Medical and sanitary report of the native army of Madras for the year
Year: 1877
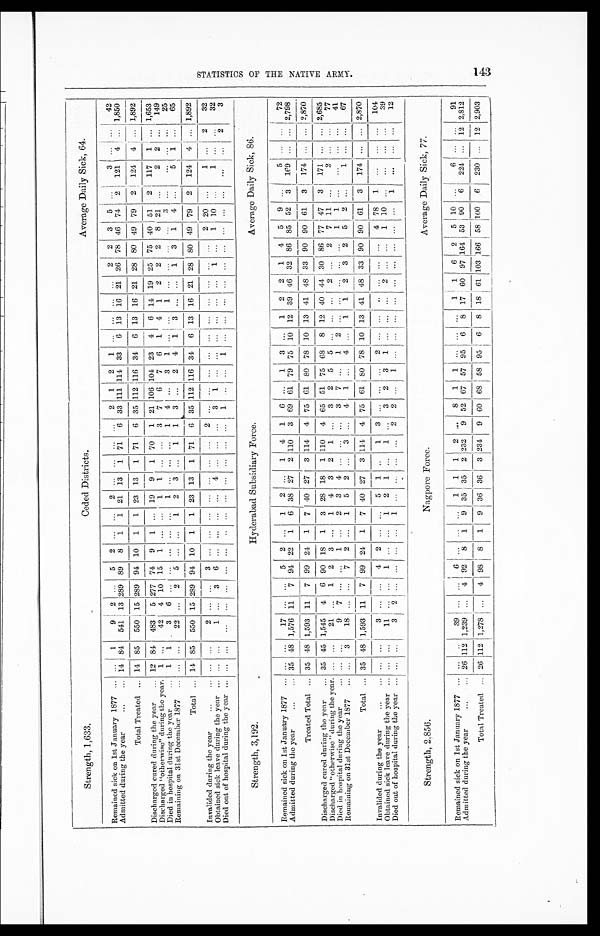
Strength, 1,633.
Ceded Districts.
Average Daily Sick, 64.
R e m a i n e d s i c k o n 1 s t J a n u a r y 1 8 7 7 . . .
. . .
1
9
2 . . . 5
2
. . . . . .
2 . . .
. . .
. . .
. . .
2 1
2
1 . . . . . . . . . . . . 2
2
3
5
. . . 3
. . .
. . .
4 2
A d m i t t e d d u r i n g t h e y e a r . . .
1 4
84
5 4 1
1 3
289 89 8
1
1
2 1
13
1
7 1
6
3 3
111 114
3 3
6
13 16 21 26 78 46 74 2
121
4 . . . 1,850
T o t a l T r e a t e d . . .
1 4
85
5 5 0
1 5
289 94 10 1
1
2 3
13
1
7 1
6
3 5
112 116
3 4
6
13 16 21 28 80 49 79 2
124
4 . . . 1,892
D i s c h a r g e d c u r e d d u r i n g t h e y e a r . . .
1 2
84
4 8 3
5 277 74 9
1
. . .
1 9
9
1
7 0
1
2 1
106 104
2 3
4
6
14 19 25 75 40 51 2
117
1 . . . 1,653
D i s c h a r g e d " o t h e r w i s c " d u r i n g t h e y e a r . . .
1 . . .
4 2
4 10 15 1
. . . . . .
1 1
. . .
. . .
3
7 6
7
6 1
4
1
2
2
2
8
21 . . . 2
2 . . . 149
D i e d i n h o s p i t a l d u r i n g t h e y e a r . . .
1 1
3
6 . . . . . . . . . . . . . . .
1 . . .
. . .
. . .
1
4 . . . 3
1 . . . . . . 1
. . . . . . . . . . . . 3
. . . . . .
. . .
. . . 25
R e m a i n i n g o n 3 1 s t D e c e m b e r 1 8 7 7 . . .
. . .
. . .
2 2
. . .
2
5
. . . . . . 1
2 3
. . .
1
1
3 . . . 2
4 1
3
. . . . . . 1
3
1
4
. . . 5
1 . . . 65
T o t a l . . .
1 4
85
5 5 0
1 5
289 94 10 1
1
2 3
13
1
7 1
6
3 5
112 116
3 4
6
13 16 21 28 80 49 79 2
124
4 . . . 1,892
I n v a l i d e d d n r i n g t h e y e a r . . .
. . .
. . .
2
. . .
. . . 3
. . . . . . . . .
. . .
. . .
. . .
. . .
2
. . .
. . . . . .
. . .
. . . . . . . . . . . . . . . . . . 2
20 . . . 1
. . .
2
32
O b t a i n e d s i c k l e a v e d u r i n g t h e y e a r . . .
. . .
. . .
1
. . .
3
6
. . . . . . . . .
. . .
4
. . .
. . .
. . .
3 1
. . .
. . .
. . . . . . . . . . . . 1
. . . 1
10 . . . 1
. . .
. . . 32
Died out of hospital during the year . . .
. . .
. . .
. . .
. . .
. . . . . . . . . . . . . . .
. . .
. . .
. . .
. . .
. . .
1 . . . . . .
1 . . . . . . . . . . . . . . . . . . . . . . . . . . . . . .
. . .
2
3
Strenght, 3,192.
Hyderabad Subsidiary Force.
Average Daily Sick, 86.
R e m a i n e d s i c k o n 1 s t J a n u a r y 1 8 7 7 . . .
. . .
. . . 17
. . . . . . 5
2
. . .
1
2 . . .
1 4
1
6 . . . 1
3 . . . 1
2
2
1
4
5 9
. . . 5
. . .
. . . 72
A d m i t t e d d u r i n g t h e y e a r . . .
3 5
48 1,576 11 7
94 22
1 6
3 8
27
2 110
3
6 9
61 79
7 5
10 12 39 46 32 86
8 5
52 3
169
. . .
. . . 2,798
T r e a t e d T o t a l . . .
3 5
48 1,593 11 7
99 24
1 7
4 0
27
3 114
4
7 5
61 80
7 8
10 13 41 48 33 90
9 0
61 3
174
. . .
. . . 2,870
D i s c h a r g e d c u r e d d u r i n g t h e y e a r . . .
3 5
48 1,545 4
6
90 18
1 3
2 8
18
1 110
4
6 5
51 75
6 8
8
12 40 44 30 86
7 7
47 3
171
. . .
. . . 2,685
D i s c h a r g e d " o t h e r w i s e " d u r i n g t h e y e a r . . .
. . .
. . . 21
. . . 1
2
3
. . .
1
4
2 1
. . .
3 2
5
5 . . . . . . . . . 2
. . . 2
7 11 . . . 2
. . .
. . . 77
D i e d i n h o s p i t a l d u r i n g t h e y e a r . . .
. . .
. . . 9
7
. . . . . . 1
. . .
2
3 4
. . .
. . .
. . .
3 7
. . .
1 2
. . . . . . . . . . . . . . .
1 1
. . . . . .
. . .
. . . 41
R e m a i n i n g o n 3 1 s t D e c e m b e r 1 8 7 7 . . .
. . .
3
18
. . . . . . 7
2
. . .
1
5 2
. . .
3
. . .
4 1
. . .
4 . . . 1
1
2
3
2
5 2
. . . 1
. . .
. . . 67
T o t a l . . .
3 5
48 1,593 11 7
99 24
1 7
4 0
27
3 114
4
7 5
61 80
7 8
10 13 41 48 33 90
9 0
61 3
174
. . .
. . . 2,870
I n v a l i d e d d u r i n g t h e y e a r . . .
. . .
. . . 3
. . . . . . 4
2
. . .
. . .
5 1
. . .
1
3
. . .
. . . . . .
2 . . . . . . . . . . . . . . . . . .
4 78 1
. . .
. . .
. . . 104
O b t a i n e d s i c k l e a v e d u r i n g t h e y e a r . . .
. . .
. . . 11
. . . . . . 1
. . .
. . .
1
2 1
. . .
1
. . .
3 2
3
1 . . . . . . . . . 2
. . . . . .
1 10 . . . . . .
. . .
. . . 39
D i e d o u t o f h o s p i t a l d u r i n g t h e y e a r . . .
. . .
. . . 3
2
. . . . . . . . .
. . .
1
. . .
. . .
. . .
. . .
2
2 . . . 1
. . .
. . . . . . . . . . . . . . . . . .
. . .
. . . 1
. . .
. . .
. . . 12
Strength, 2,856.
Nagpore Force.
Average Daily Sick, 77.
R e m a i n i n g s i c k o n 1 s t J a u n a r y 1 8 7 7 . . .
. . .
. . .
3 9
. . . . . . 6
. . . . . . . . .
1 1
1
2
. . .
8 1
1
. . .
. . .
. . . 1
1
6
2
5 10 . . . 6
. . .
. . . 91
A d m i t t e d d u r i n g t h e y e a r . . .
2 6
112
1 , 2 3 9
. . . 4
92 8
1
9
3 5
35
2
2 3 2
9
5 2
67 57
9 5
6 8
17 60 97 164
5 3
90 6
224
. . .
12 2,812
T o t a l T r e a t e d . . .
2 6
112
1 . 2 7 8
. . . 4
98 8
1
9
3 6
36
3
2 3 4
9
6 0
68 58
9 5
6 8
18 61 103 166
5 8
100 6
230
. . .
12 2,903
S T A T I S T I C S O F T H E N A T I V E A R M Y .
143